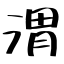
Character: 渭